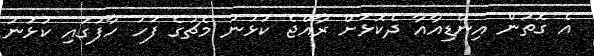
އެ ގޮތުން އިންޑިއާއާ ދެކޮޅަށް ރާއްޖެ ކުޅުނު މެޗުގެ ފަހު ހާފުގައި ކުޅުނު